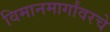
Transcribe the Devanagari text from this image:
विमानमार्गांवरचे